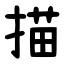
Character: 描